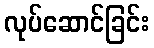
လုပ်ဆောင်ခြင်း